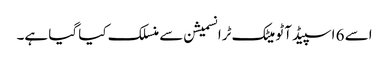
اسے 6 اسپیڈ آٹو میٹک ٹرانسمیشن سے منسلک کیا گیا ہے۔